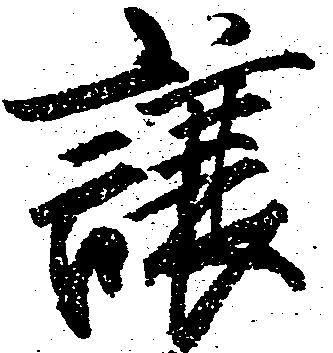
譲